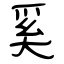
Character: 奚